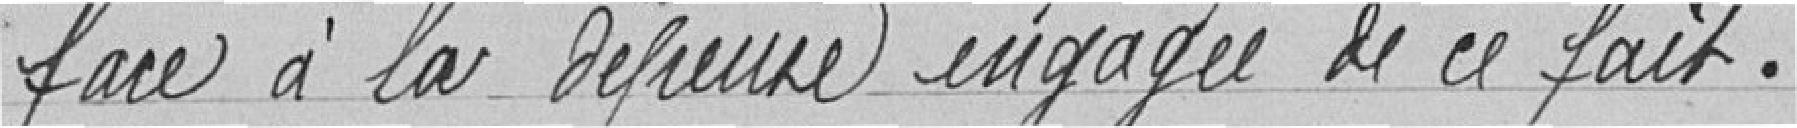
face à la dépense engagée de ce fait.